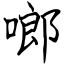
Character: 啷